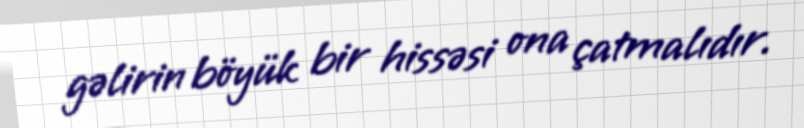
gəlirin böyük bir hissəsi ona çatmalıdır.